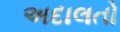
અદાલતો